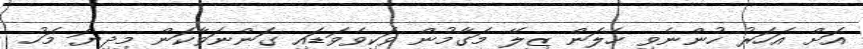
އަށް އަހަރު ހުންނެވި ހެލަން ޒިލޭ މަގާމުން ވަކިވެވަޑައި ގަންނަވާކަން މިދިޔަ މަހު